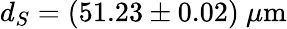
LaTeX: d_{S}=(51.23\pm 0.02)~\mu\mathrm{m}